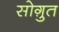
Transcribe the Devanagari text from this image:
सोग़ुत